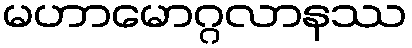
မဟာမောဂ္ဂလာနဿ